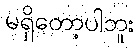
မရှိတော့ပါဘူး